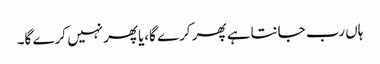
ہاں رب جانتاہے پھر کرے گا،یاپھرنہیں کرے گا۔